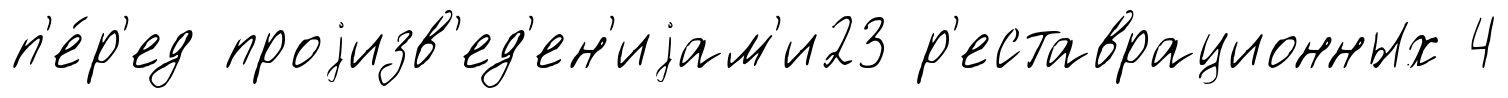
п'е́р'ед проjизв'ед'ен'иjам'и23 р'еставрационных 4